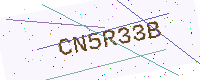
Text: CN5R33B